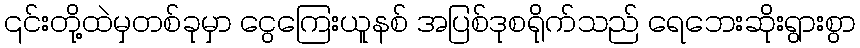
၎င်းတို့ထဲမှတစ်ခုမှာ ငွေကြေးယူနစ် အပြစ်ဒုစရိုက်သည် ရေဘေးဆိုးရွားစွာ